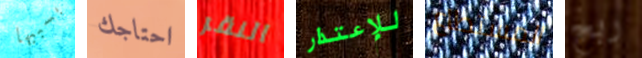
بسببها احتاجك النقر للإعتذار المستطاع ربح